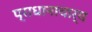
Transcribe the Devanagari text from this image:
प्राधानाचार्य